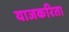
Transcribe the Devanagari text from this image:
याजकरिता